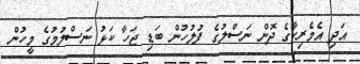
އަދި އެމެރިކާގެ ދޮން ނަސްލުގެ ފުލުހުން ބަޑި ޖަހާ ކަޅު ނަސްލުމުގެ މީހުން